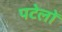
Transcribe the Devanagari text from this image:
पटेलों